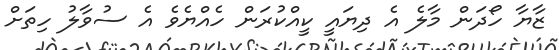
ޒާޔާ ހޯދަން މާލެ އެ ދިޔައީ ކީއްކުރަން ހެއްޔެވެ އެ ސުވާލު ހިތަށް